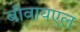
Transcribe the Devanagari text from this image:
बीवायएल